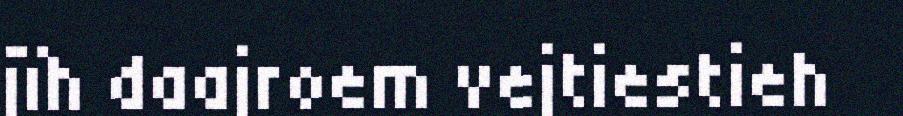
jïh daajroem vejtiestieh